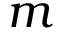
m